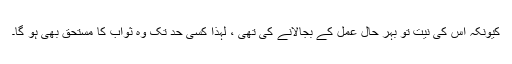
کیونکہ اس کی نیت تو بہر حال عمل کے بجالانے کی تھی ، لہذا کسی حد تک وہ ثواب کا مستحق بھی ہو گا۔